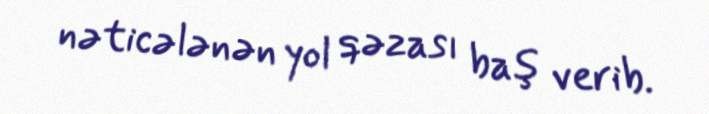
nəticələnən yol qəzası baş verib.